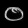
Digit: ၀